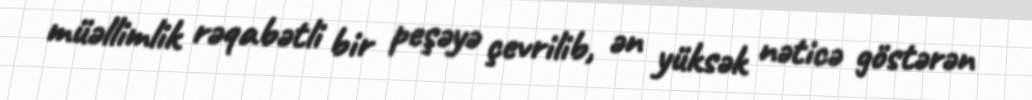
müəllimlik rəqabətli bir peşəyə çevrilib, ən yüksək nəticə göstərən